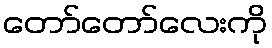
တော်တော်လေးကို